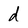
Character: d